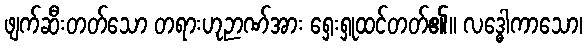
ဖျက်ဆီးတတ်သော တရားဟုဉာဏ်အား ရှေးရှုထင်တတ်၏။ လဒ္ဓေါကာသော၊